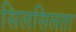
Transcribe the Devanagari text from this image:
सिलसिलता